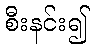
စီးနင်း၍